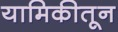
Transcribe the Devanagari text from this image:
यामिकीतून